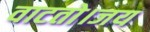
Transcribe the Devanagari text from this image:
वाटतो।जय